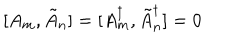
[ A _ { m } , \tilde { A } _ { n } ] = [ A _ { m } ^ { \dagger } , \tilde { A } _ { n } ^ { \dagger } ] = 0